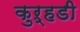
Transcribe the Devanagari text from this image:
कुऱ्हडी